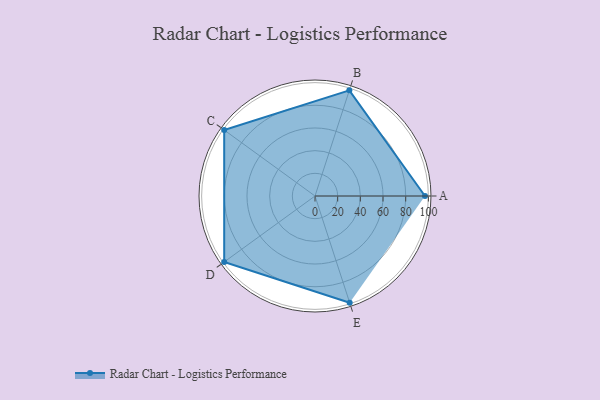
{"axis": {"x": "Skill", "y": "Score"}, "legend": ["Profile"], "data": [{"x": "A", "y": 97.0, "type": "Profile"}, {"x": "B", "y": 98.0, "type": "Profile"}, {"x": "C", "y": 99, "type": "Profile"}, {"x": "D", "y": 99, "type": "Profile"}, {"x": "E", "y": 99, "type": "Profile"}]}